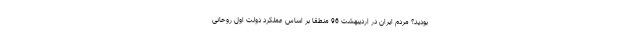
بودید؟ مردم ایران در اردیبهشت 96 منطقا بر اساس عملکرد دولت اول روحانی